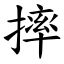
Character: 摔